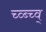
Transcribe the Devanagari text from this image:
च्व्ब्च्व्